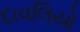
દાવલિયો